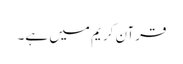
قرآن کریم میں ہے۔